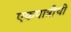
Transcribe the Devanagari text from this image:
एकपात्रीची